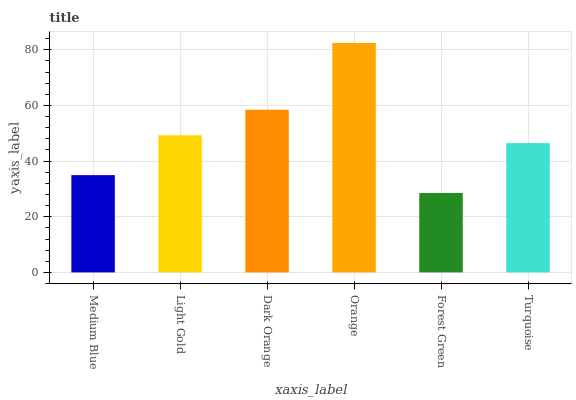
| xaxis_label | bars |
 | --- | --- |
 | Medium Blue | 35 |
 | Light Gold | 49.3 |
 | Dark Orange | 58.4 |
 | Orange | 82.4 |
 | Forest Green | 28.5 |
 | Turquoise | 46.5 |